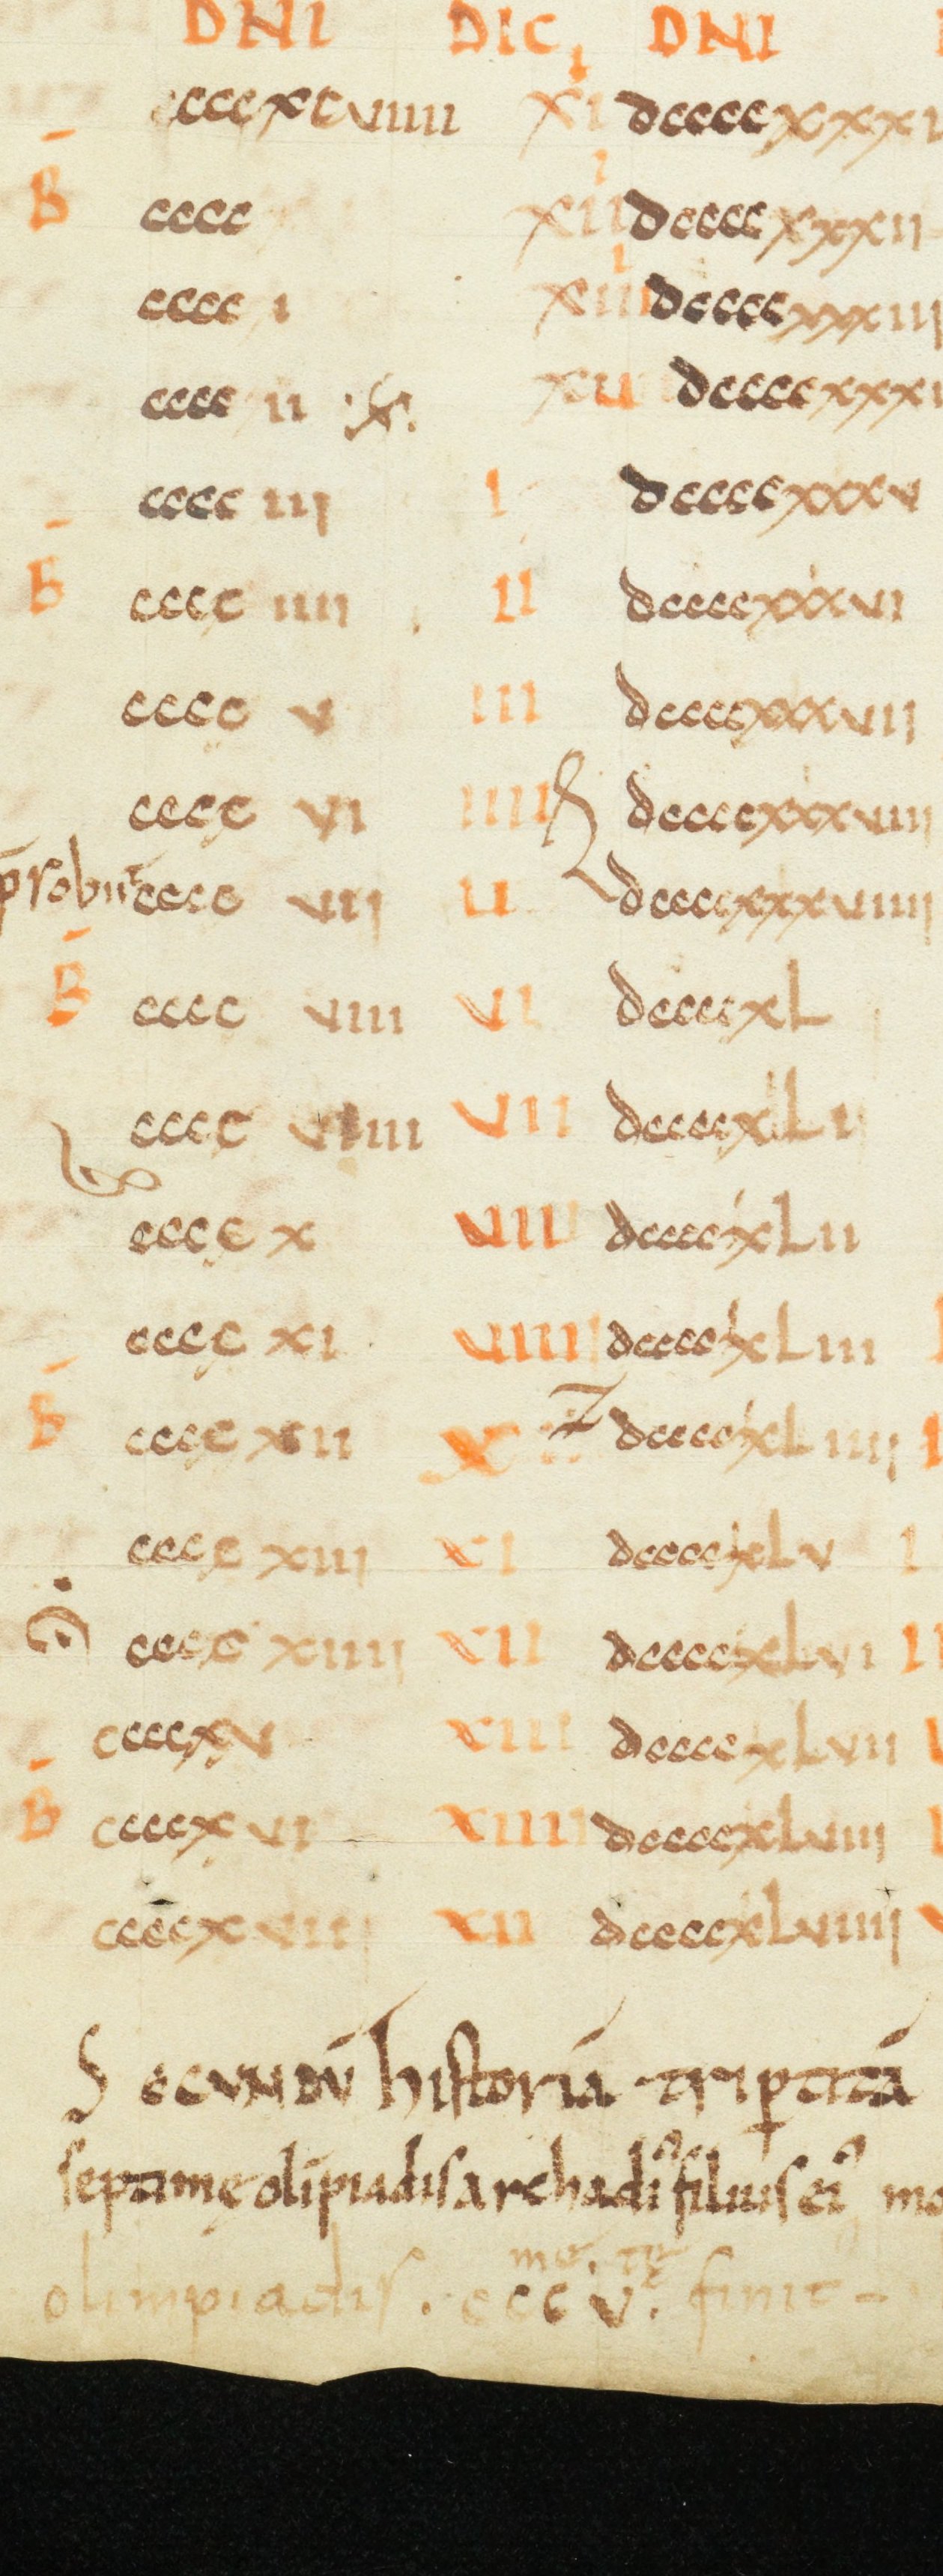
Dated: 1000–1049